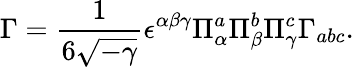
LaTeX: \Gamma=\frac{1}{6\sqrt{-\gamma}}\epsilon^{\alpha\beta\gamma}\Pi_{\alpha}^{a}\Pi_{\beta}^{b}\Pi_{\gamma}^{c}\Gamma_{abc}.